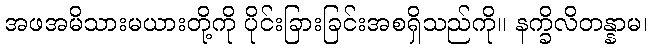
အဖအမိသားမယားတို့ကို ပိုင်းခြားခြင်းအစရှိသည်ကို။ နက္ခိလိတန္နာမ၊